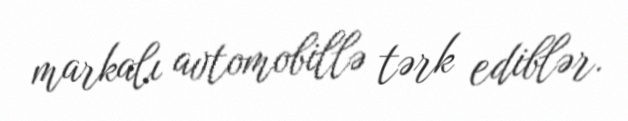
markalı avtomobillə tərk ediblər.